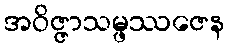
အဝိဇ္ဇာသမ္ဖဿဇေန